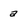
Character: a